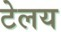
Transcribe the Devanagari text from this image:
टेलय